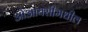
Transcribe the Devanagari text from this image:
ओआयसीमधील